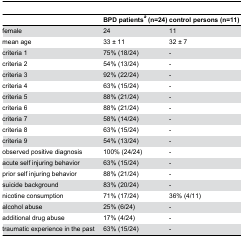
|  | BPD patientsa (n=24) | control persons (n=11) |
 | --- | --- | --- |
 | female | 24 | 11 |
 | mean age | 33 ± 11 | 32 ± 7 |
 | criteria 1 | 75% (18/24) | - |
 | criteria 2 | 54% (13/24) | - |
 | criteria 3 | 92% (22/24) | - |
 | criteria 4 | 63% (15/24) | - |
 | criteria 5 | 88% (21/24) | - |
 | criteria 6 | 88% (21/24) | - |
 | criteria 7 | 58% (14/24) | - |
 | criteria 8 | 63% (15/24) | - |
 | criteria 9 | 54% (13/24) | - |
 | observed positive diagnosis | 100% (24/24) | - |
 | acute self injuring behavior | 63% (15/24) | - |
 | prior self injuring behavior | 88% (21/24) | - |
 | suicide background | 83% (20/24) | - |
 | nicotine consumption | 71% (17/24) | 36% (4/11) |
 | alcohol abuse | 25% (6/24) | - |
 | additional drug abuse | 17% (4/24) | - |
 | traumatic experience in the past | 63% (15/24) | - |